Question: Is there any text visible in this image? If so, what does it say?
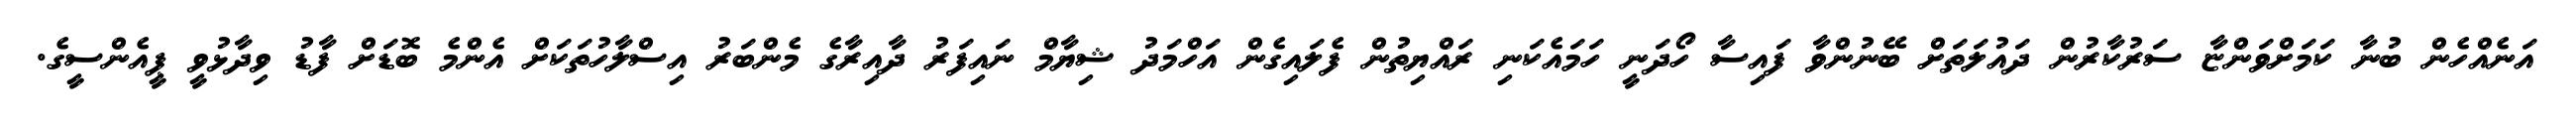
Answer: އަނެއްހެން ބުނާ ކަމަށްވަންޏާ ސަރުކާރުން ދައުލަތަށް ބޭނުންވާ ފައިސާ ހޯދަނީ ހަމައެކަނި ރައްޔިތުން ފެލައިގެން އަހްމަދު ޝިޔާމް ނައިފަރު ދާއިރާގެ މެންބަރު އިސްލާހުތަކަށް އެންމެ ބޮޑަށް ފާޑު ވިދާޅުވީ ޕީއެންސީގެ.